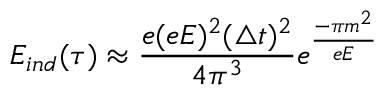
E _ { i n d } ( \tau ) \approx \frac { e ( e E ) ^ { 2 } ( \triangle t ) ^ { 2 } } { 4 \pi ^ { 3 } } e ^ { \frac { - \pi m ^ { 2 } } { e E } }